Civil Veterinary Department. Central Provinces & Berar 1932-41 - 1932-1941
Year: 1932
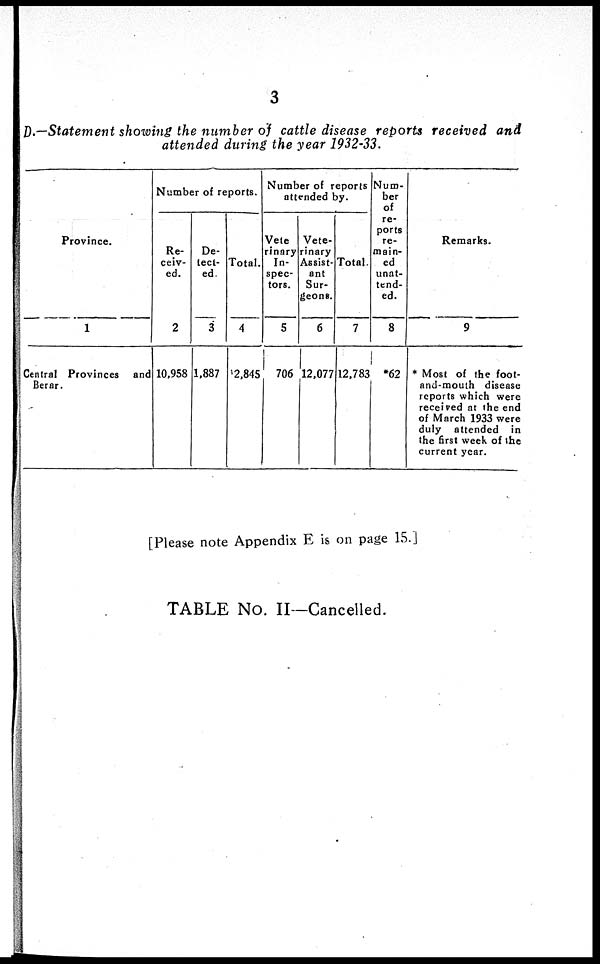
3
D.Statement showing the number of cattle disease reports received and
attended during the year 1932-33.
Province.
1
Central Provinces and
Berar.
Number of reports.
Re-
ceiv-
ed.
2
10,958
De-
tect-
ed.
3
1,887
Total.
4
2,845
Number of reports
attended by.
Vete
rinary
In-
spec-
tors.
5
706
Vete-
rinary
Assist-
ant
Sur-
geons.
6
12,077
Total.
7
12,783
Num-
ber
of
re-
ports
re-
main-
ed
unat-
tend-
ed.
8
*62
Remarks.
9
* Most of the foot-
and-mouth disease
reports which were
received at the end
of March 1933 were
duly attended in
the first week of the
current year.
[Please note Appendix E is on page 15.]
TABLE No. II—Cancelled.